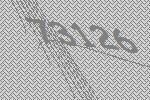
73126